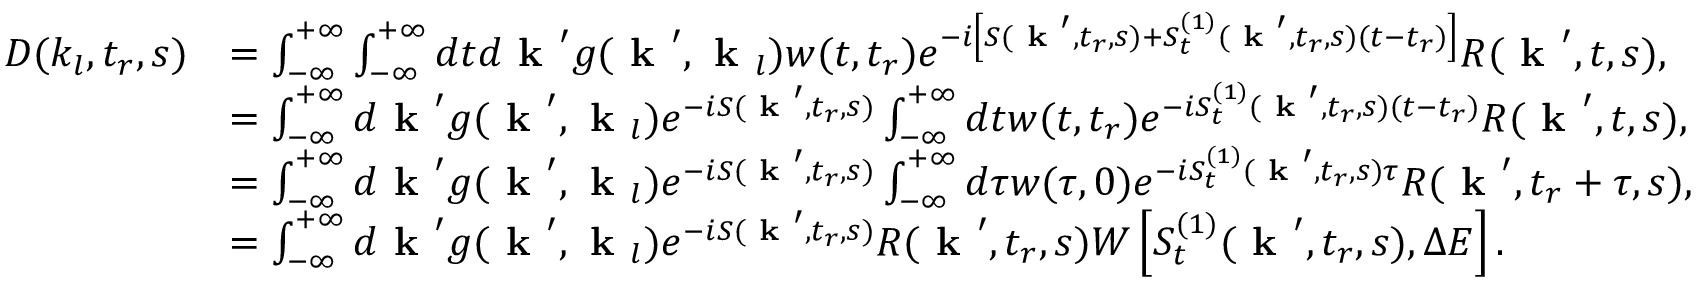
\begin{array} { r l } { D ( k _ { l } , t _ { r } , s ) } & { = \int _ { - \infty } ^ { + \infty } \int _ { - \infty } ^ { + \infty } d t d \textbf { k } ^ { \prime } g ( \textbf { k } ^ { \prime } , \textbf { k } _ { l } ) w ( t , t _ { r } ) e ^ { - i \left[ S ( \textbf { k } ^ { \prime } , t _ { r } , s ) + S _ { t } ^ { ( 1 ) } ( \textbf { k } ^ { \prime } , t _ { r } , s ) ( t - t _ { r } ) \right] } R ( \textbf { k } ^ { \prime } , t , s ) , } \\ & { = \int _ { - \infty } ^ { + \infty } d \textbf { k } ^ { \prime } g ( \textbf { k } ^ { \prime } , \textbf { k } _ { l } ) e ^ { - i S ( \textbf { k } ^ { \prime } , t _ { r } , s ) } \int _ { - \infty } ^ { + \infty } d t w ( t , t _ { r } ) e ^ { - i S _ { t } ^ { ( 1 ) } ( \textbf { k } ^ { \prime } , t _ { r } , s ) ( t - t _ { r } ) } R ( \textbf { k } ^ { \prime } , t , s ) , } \\ & { = \int _ { - \infty } ^ { + \infty } d \textbf { k } ^ { \prime } g ( \textbf { k } ^ { \prime } , \textbf { k } _ { l } ) e ^ { - i S ( \textbf { k } ^ { \prime } , t _ { r } , s ) } \int _ { - \infty } ^ { + \infty } d \tau w ( \tau , 0 ) e ^ { - i S _ { t } ^ { ( 1 ) } ( \textbf { k } ^ { \prime } , t _ { r } , s ) \tau } R ( \textbf { k } ^ { \prime } , t _ { r } + \tau , s ) , } \\ & { = \int _ { - \infty } ^ { + \infty } d \textbf { k } ^ { \prime } g ( \textbf { k } ^ { \prime } , \textbf { k } _ { l } ) e ^ { - i S ( \textbf { k } ^ { \prime } , t _ { r } , s ) } R ( \textbf { k } ^ { \prime } , t _ { r } , s ) W \left[ S _ { t } ^ { ( 1 ) } ( \textbf { k } ^ { \prime } , t _ { r } , s ) , \Delta E \right] . } \end{array}